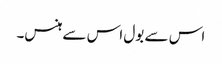
اس سے بول اس سے ہنس۔